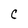
Character: C